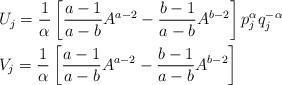
LaTeX: \begin{align*}&U_{j}=\frac{1}{\alpha}\left[\frac{a-1}{a-b}A^{a-2}-\frac{b-1}{a-b}A^{b-2}\right]p^{\alpha}_{j}q^{-\alpha}_{j}\\&V_{j}=\frac{1}{\alpha}\left[\frac{a-1}{a-b}A^{a-2}-\frac{b-1}{a-b}A^{b-2}\right]\end{align*}